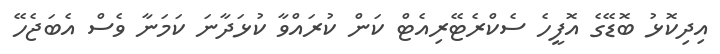
އިދިކޮޅު ބޮޑޭގެ އޮފީހެ ސެކްރެޓޭރިއެޓް ކަން ކުރައްވާ ކުޅަދާނަ ކަމަނާ ވެސް އެބަޖެހޭ